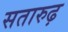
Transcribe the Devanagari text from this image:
सतारुढ़